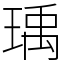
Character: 瑀